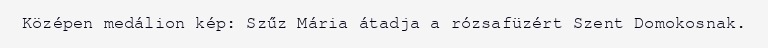
Középen medálion kép: Szűz Mária átadja a rózsafüzért Szent Domokosnak.